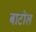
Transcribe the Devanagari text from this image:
बाटोल